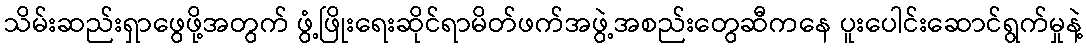
သိမ်းဆည်းရှာဖွေဖို့အတွက် ဖွံ့ဖြိုးရေးဆိုင်ရာမိတ်ဖက်အဖွဲ့အစည်းတွေဆီကနေ ပူးပေါင်းဆောင်ရွက်မှုနဲ့